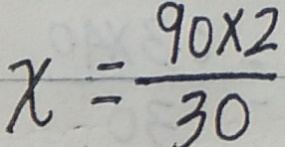
x = \frac { 9 0 \times 2 } { 3 0 }